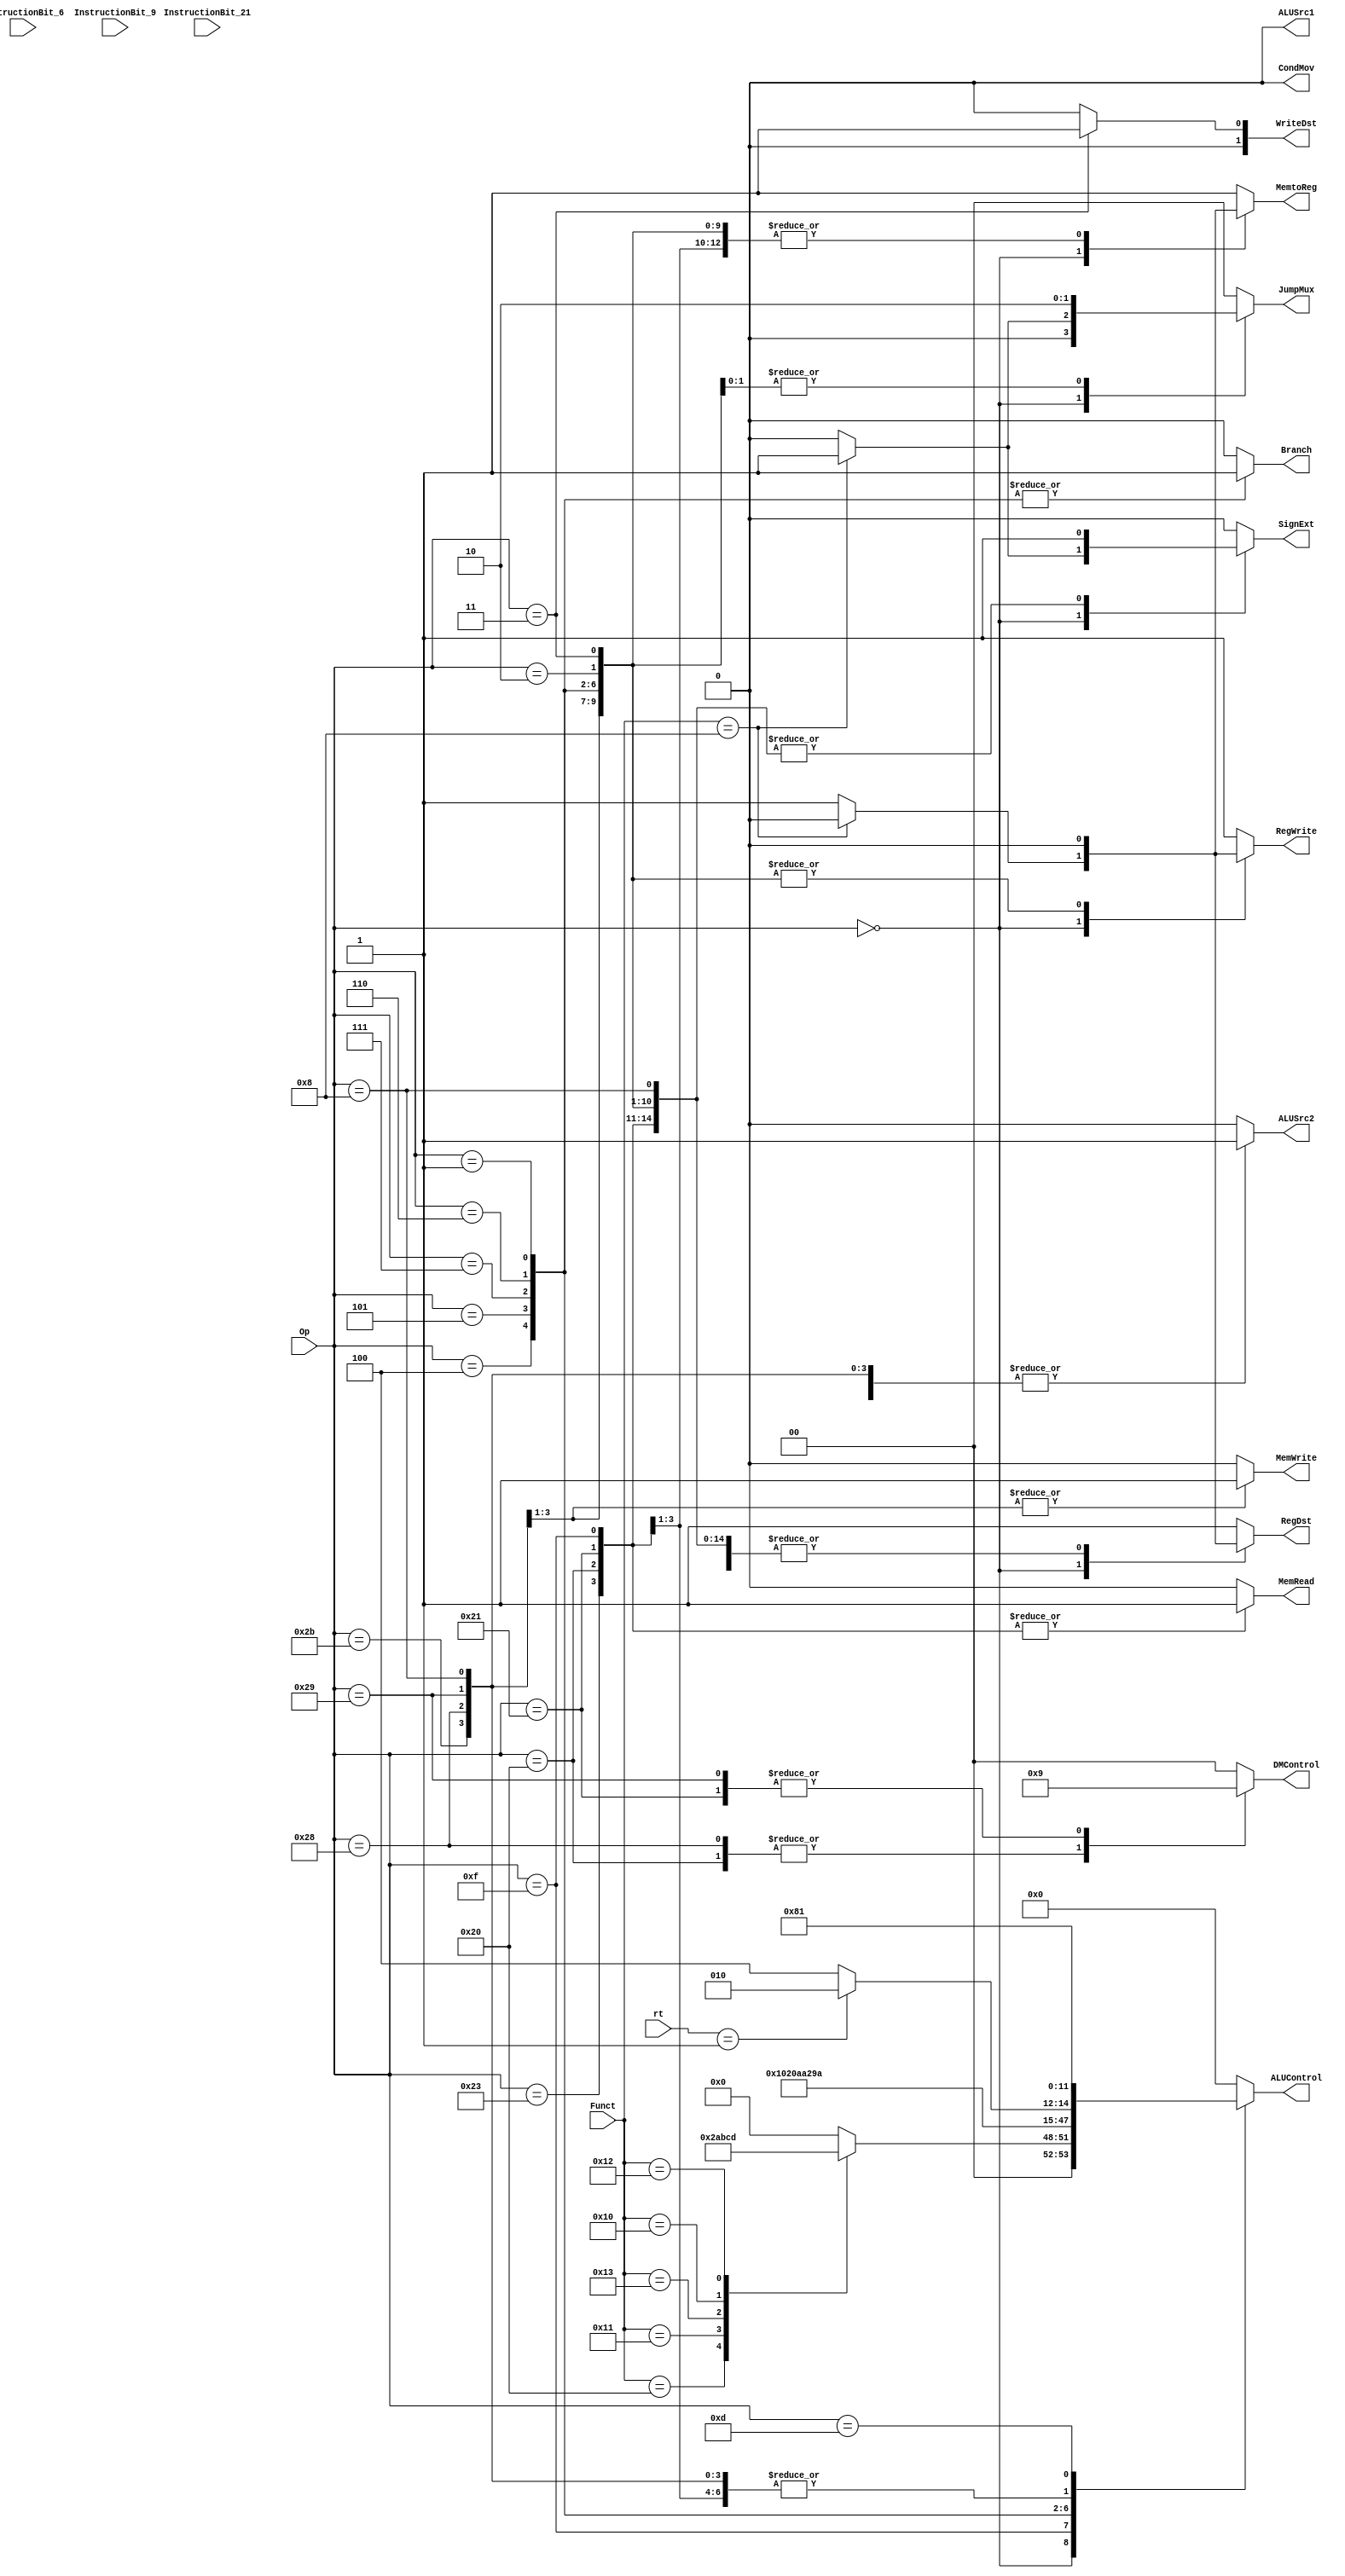
`timescale 1ns / 1ps

/////////////////////////////////////////////////////////////////////
///////////////////////////////////////////////////////////////////
module Control(
               // input data
               Op, Funct, InstructionBit_6, InstructionBit_9, InstructionBit_21, rt, 
              
              // output signals
               Branch, MemRead, MemtoReg, MemWrite,
               RegDst, ALUSrc2, RegWrite, SignExt, CondMov, ALUSrc1, 
               ALUControl, DMControl, WriteDst, JumpMux );  

	input [5:0] Op; // control bits for ALU operation
    input [5:0] Funct;  // to determine ALUControl for r-type operations
    // To help differentiate instuctions that have the same OpCode and functCode
        input InstructionBit_6;         // to differentiate between ROTRV or SRLV
        input InstructionBit_9;         // to differentiate between SEB and SEH
        input InstructionBit_21;        // to differentiate between ROTR and SRL
    input [4:0] rt;                        // to differentiate between BGEZ and BLTZ 

	// Control Signals
	output reg RegDst;	    // chooses between rt(RegDst == 0) and rd(RegDst ==1)
                            // for the WriteRegister address input to RegisterFile
	output reg Branch;		// Branch == 1 if branch instruction, 0 if anything else
	output reg MemRead;		// MemRead == 1 if lw, 0 if anything else
	output reg MemtoReg;	// chooses between DM Read Data output(MemtoReg == 0)
                            // and ALUResult(MemtoReg == 1) for WriteData input to RegisterFile
	output reg MemWrite;	// MemWrite == 1 if sw and 0 if anything else 
	output reg ALUSrc2;	// chooses between R[rt](ALUSrc == 0) and immExt(ALUSrc == 1) for ALU input B
    output reg ALUSrc1;     // chooses between R[rs] (ALUSrc ==0) and sa(shift amount)(ALUSrc == 1) for ALU input A
	output reg RegWrite;	// RegWrite == 1 if r-type or lw instruction and 0 if sw or branch 
	output reg SignExt;		// SignExt == 1 if Sign Extend requires sign extension, 0 for 0 extension (unsigned numbers)
    output reg CondMov;   // CondMov == 1 if movn or movz. This bit is ANDed with ALU ZeroFlag
                            // and ORed with RegWrite signal
    output reg [1:0] WriteDst;  // Controls 4 to 1 mux to Write Data port of regfile
        // 'WriteDst' value | Source
        // ==========================
        // 00   | Output of MemtoReg mux
        // 01   | register $31
        // 10   | unused
        // 11   | PC + 4 value

    output reg [1:0] JumpMux;
        // 'JumpMux' value | Source
        // ==========================
        // 00   | Output of PcSrc mux
        // 01   | R[rs]
        // 10   | Jump Address
        // 11   | PC + 4 value
                          
    output reg [5:0] ALUControl;        // changed from 5 bit to 6 bit 11/1/17
        // Op   | 'ALUControl' value
        // ==========================
        // AND  | 000000
        // OR   | 000001
        // ADD  | 000010
        // SHL  | 000011
        // SHR  | 000100
        // XOR  | 000101
        // SUB  | 000110
        // SLT  | 000111
        // NOR  | 001000  
        // MUL  | 001001
        // MOVTH| 001010
        // MOVTL| 001011
        // MFHI | 001100
        // MFLO | 001101
        // MADD | 001110
        // MSUB | 001111
        // BEQ  | 010000
        // BGTZ | 010001
        // BGEZ | 010010
        // BLEZ | 010011
        // BLTZ | 010100
        // BNE  | 010101
        // SEB  | 010110 ------ New Section
        // SEH  | 010111
        // ROTR | 011000
        // MOVZ | 011010
        // SRA  | 011011
        // SLTU | 011100
        // MULTU| 011101 
        // MULT | 011110
        // ADDU | 011111
        // LUI  | 100000

output reg [1:0] DMControl; 
        // 'DMControl' value | Operation
        // ==========================
        // 00   | Word mode
        // 01   | Half-word mode
        // 10   | Byte-mode
        // 11   | n/a

                /* OP Field codes */
    parameter 	RTYPE = 'b000000, SW = 'b101011, SB = 'b101000, SH = 'b101001,
    			LW = 'b100011, LB = 'b100000, LH ='b100001, LUI = 'b001111,
     	   	    BEQ = 'b000100, BNE = 'b000101, BGTZ = 'b000111, BLEZ = 'b000110, BLTZ_BGEZ= 'b000001,
     	   	    J = 'b000010, JAL = 'b000011, 
     	   	    ADDI = 'b001000, ADDIU = 'b001001, ANDI = 'b001100, ORI = 'b001101, XORI = 'b001110, 
     	   	    SLTI = 'b001010,
                MADD_SUB_MUL = 'b011100, SLTIU = 'b001011, SEB_SEH = 'b011111;

                /* Function field codes */
    parameter   ADD = 'b100000, SUB = 'b100010, AND = 'b100100, OR = 'b100101, XOR = 'b100110, NOR = 'b100111,
                SLT = 'b101010, MULT = 'b011000, MULTU = 'b011001, MTHI = 'b010001, MTLO = 'b010011, MFHI = 'b010000, MFLO = 'b010010,
                SLL = 'b000000, ROTR_SRL = 'b000010, SLLV = 'b000100, ROTRV_SRLV = 'b000110,
                MOVN = 'b001011, MOVZ = 'b001010, ROTRV = 'b000110, SRA = 'b000011, SRAV = 'b000111, 
                SLTU = 'b101011, MADD = 'b000000, MSUB = 'b000100, MUL = 'b000010, ADDU = 'b100001,
                JR = 'b001000;         

    initial begin 
          // initializing all output signals to zero
          RegDst = 0;
          Branch <= 0;
          MemRead <= 0;
          MemtoReg <= 0;
          MemWrite <= 0;
          ALUSrc2 = 0;
          ALUControl = 'b000000;  
          CondMov = 'b0;
          ALUSrc1 = 'b0;
          RegWrite = 0;  
          SignExt = 0;   
          DMControl <= 'b00;
          WriteDst <= 'b00;
          JumpMux <= 'b00;    
    end


    always @(Op, Funct, InstructionBit_6, InstructionBit_9, InstructionBit_21, rt) begin
  

        case(Op)
        	RTYPE: begin
                case(Funct)
                    ADD: begin
                        RegDst <= 1;
                        Branch <= 0;
                        MemRead <= 0;
                        MemtoReg <= 1;
                        MemWrite <= 0; 
                        ALUSrc2 <= 0;
                        ALUSrc1 <= 0;
                        RegWrite <= 1;   
                        SignExt <= 0;   // don't care
                        CondMov <= 0;    
                        ALUControl <= 'b000010;
                        DMControl <= 'b00;
                        WriteDst <= 'b00;
                        JumpMux <= 'b00;
                    end
                    /*
                      ADDU: begin
                           RegDst <= 1;
                           Branch <= 0;
                           MemRead <= 0;
                           MemtoReg <= 1;
                           MemWrite <= 0; 
                           ALUSrc2 <= 0;
                           ALUSrc1 <= 0;
                           RegWrite <= 1;   
                           SignExt <= 0;   // don't care
                           JumpMux = 'b00;
                           CondMov <= 0;    
                           ALUControl <= 'b011111;
                           DMControl <= 'b00;
                           WriteDst <= 'b00;
                       end
                    SUB: begin
                        RegDst <= 1;
                        Branch <= 0;
                        MemRead <= 0;
                        MemtoReg <= 1;
                        MemWrite <= 0;
                        ALUSrc2 <= 0;
                        ALUSrc1 <= 0;
                        RegWrite <= 1;   
                        SignExt <= 0;   // don't care
                        JumpMux = 'b00;
                        CondMov <= 0;
                        ALUControl <= 'b000110;
                        DMControl <= 'b00;
                        WriteDst <= 'b00;
                    end
                    AND: begin
                        RegDst <= 1;
                        Branch <= 0;
                        MemRead <= 0;
                        MemtoReg <= 1;
                        MemWrite <= 0;
                        ALUSrc2 <= 0;
                        ALUSrc1 <= 0;
                        RegWrite <= 1;   
                        SignExt <= 0;   // don't care
                        JumpMux = 'b00;
                        CondMov <= 0;
                        ALUControl <= 'b000000;
                        DMControl <= 'b00;
                        WriteDst <= 'b00;
                    end
                    OR: begin
                        RegDst <= 1;
                        Branch <= 0;
                        MemRead <= 0;
                        MemtoReg <= 1;
                        MemWrite <= 0;
                        ALUSrc2 <= 0;
                        ALUSrc1 <= 0;
                        RegWrite <= 1;   
                        SignExt <= 0;   // don't care
                        JumpMux = 'b00;
                        CondMov <= 0;
                        ALUControl <= 'b000001;
                        DMControl <= 'b00;
                        WriteDst <= 'b00;
                    end
                    XOR: begin
                        RegDst <= 1;
                        Branch <= 0;
                        MemRead <= 0;
                        MemtoReg <= 1;
                        MemWrite <= 0;
                        ALUSrc2 <= 0;
                        ALUSrc1 <= 0;
                        RegWrite <= 1;   
                        SignExt <= 0;   // don't care
                        JumpMux = 'b00;
                        CondMov <= 0;
                        ALUControl <= 'b000101;
                        DMControl <= 'b00;
                        WriteDst <= 'b00;
                    end
                    NOR: begin
                        RegDst <= 1;
                        Branch <= 0;
                        MemRead <= 0;
                        MemtoReg <= 1;
                        MemWrite <= 0;
                        ALUSrc2 <= 0;
                        ALUSrc1 <= 0;
                        RegWrite <= 1;   
                        SignExt <= 0;   // don't care
                        JumpMux = 'b00;
                        CondMov <= 0;
                        ALUControl <= 'b001000;
                        DMControl <= 'b00;
                        WriteDst <= 'b00;
                    end

                    MULT: begin
                        RegDst <= 1;
                        Branch <= 0;
                        MemRead <= 0;
                        MemtoReg <= 1;
                        MemWrite <= 0;
                        ALUSrc2 <= 0;
                        ALUSrc1 <= 0;
                        RegWrite <= 0;   
                        SignExt <= 0;   // don't care
                        JumpMux = 'b00;
                        CondMov <= 0;
                        ALUControl <= 'b011110;
                        DMControl <= 'b00;
                        WriteDst <= 'b00;
                    end
                    MULTU: begin
                        RegDst <= 1;
                        Branch <= 0;
                        MemRead <= 0;
                        MemtoReg <= 1;
                        MemWrite <= 0;
                        ALUSrc2 <= 0;
                        ALUSrc1 <= 0;
                        RegWrite <= 1;   
                        SignExt <= 0;   // don't care
                        JumpMux = 'b00;
                        CondMov <= 0;
                        ALUControl <= 'b011101;
                        DMControl <= 'b00;
                        WriteDst <= 'b00;
                    end*/
                    MTHI: begin
                        RegDst <= 1;
                        Branch <= 0;
                        MemRead <= 0;
                        MemtoReg <= 1;
                        MemWrite <= 0;
                        ALUSrc2 <= 0;
                        ALUSrc1 <= 0;
                        RegWrite <= 1;   
                        SignExt <= 0;   // don't care
                        JumpMux <= 'b00;
                        CondMov <= 0;
                        ALUControl <= 'b001010;
                        DMControl <= 'b00;
                        WriteDst <= 'b00;
                    end
                    MTLO: begin
                        RegDst <= 1;
                        Branch <= 0;
                        MemRead <= 0;
                        MemtoReg <= 1;
                        MemWrite <= 0;
                        ALUSrc2 <= 0;
                        ALUSrc1 <= 0;
                        RegWrite <= 1;   
                        SignExt <= 0;   // don't care
                        JumpMux <= 'b00;
                        CondMov <= 0;
                        ALUControl <= 'b001011;
                        DMControl <= 'b00;
                        WriteDst <= 'b00;
                    end
                    MFHI: begin
                        RegDst <= 1;
                        Branch <= 0;
                        MemRead <= 0;
                        MemtoReg <= 1;
                        MemWrite <= 0;
                        ALUSrc2 <= 0;
                        ALUSrc1 <= 0;
                        RegWrite <= 1;   
                        SignExt <= 0;   // don't care
                        JumpMux <= 'b00;
                        CondMov <= 0;
                        ALUControl <= 'b001100;
                        DMControl <= 'b00;
                        WriteDst <= 'b00;
                    end
                    MFLO: begin
                        RegDst <= 1;
                        Branch <= 0;
                        MemRead <= 0;
                        MemtoReg <= 1;
                        MemWrite <= 0;
                        ALUSrc2 <= 0;
                        ALUSrc1 <= 0;
                        RegWrite <= 1;   
                        SignExt <= 0;   // don't care
                        JumpMux <= 'b00;
                        CondMov <= 0;
                        ALUControl <= 'b001101;
                        DMControl <= 'b00;
                        WriteDst <= 'b00;
                    end
                    /*SLL: begin
                        RegDst <= 1;
                        Branch <= 0;
                        MemRead <= 0;
                        MemtoReg <= 1;
                        MemWrite <= 0;
                        ALUSrc2 <= 0;
                        ALUSrc1 <= 1;   // shift amount
                        RegWrite <= 1;   
                        SignExt <= 0;   // don't care
                        JumpMux = 'b00;
                        CondMov <= 0;
                        ALUControl <= 'b000011;        // SLL CONTROL SIGNAL
                        DMControl <= 'b00;
                        WriteDst <= 'b00;
                    end
                    ROTR_SRL: begin
                        if(InstructionBit_21 == 'b0) begin        // means instruction is SRL
                            RegDst <= 1;
                            Branch <= 0;
                            MemRead <= 0;
                            MemtoReg <= 1;
                            MemWrite <= 0;
                            ALUSrc2 <= 0;
                            ALUSrc1 <= 1;   // shift amount
                            RegWrite <= 1;   
                            SignExt <= 0;   // don't care
                            JumpMux = 'b00;
                            CondMov <= 0;
                            ALUControl <= 'b000100;        // SRL CONTROL SIGNAL
                            DMControl <= 'b00;
                            WriteDst <= 'b00;
                        end
                        else if(InstructionBit_21 == 'b1) begin    // means instruction is ROTR
                            RegDst <= 1;
                            Branch <= 0;
                            MemRead <= 0;
                            MemtoReg <= 1;
                            MemWrite <= 0;
                            ALUSrc2 <= 0;
                            ALUSrc1 <= 1;   // shift amount
                            RegWrite <= 1;   
                            SignExt <= 0;   // don't care
                            JumpMux = 'b00;
                            CondMov <= 0;
                            ALUControl <= 'b011000;        // ROTR CONTROL SIGNAL     
                            DMControl <= 'b00;
                            WriteDst <= 'b00;
                        end
                    end
                    SLLV: begin
                        RegDst <= 1;
                        Branch <= 0;
                        MemRead <= 0;
                        MemtoReg <= 1;
                        MemWrite <= 0;
                        ALUSrc2 <= 0;
                        ALUSrc1 <= 0;
                        RegWrite <= 1;   
                        SignExt <= 0;   // don't care
                        JumpMux = 'b00;
                        CondMov <= 0;
                        ALUControl <= 'b000011;     // SLLV CONTROL SIGNAL
                        DMControl <= 'b00;
                        WriteDst <= 'b00;
                    end
                    ROTRV_SRLV: begin
                        if(InstructionBit_6 == 'b0) begin    // means the instruction is SRLV
                            RegDst <= 1;
                            Branch <= 0;
                            MemRead <= 0;
                            MemtoReg <= 1;
                            MemWrite <= 0;
                            ALUSrc2 <= 0;
                            ALUSrc1 <= 0;
                            RegWrite <= 1;   
                            SignExt <= 0;   // don't care
                            JumpMux = 'b00;
                            CondMov <= 0;
                            ALUControl<= 'b000100;        // SRLV CONTROL SIGNAL
                            DMControl <= 'b00;
                            WriteDst <= 'b00;
                        end
                        else if(InstructionBit_6 == 'b1) begin    // means the instruction is ROTRV
                            RegDst <= 1;
                            Branch <= 0;
                            MemRead <= 0;
                            MemtoReg <= 1;
                            MemWrite <= 0;
                            ALUSrc2 <= 0;
                            ALUSrc1 <= 0;
                            RegWrite <= 1;   
                            SignExt <= 0;   // don't care
                            JumpMux = 'b00;
                            CondMov <= 0;
                            ALUControl <= 'b011000;        // ROTRV CONTROL SIGNAL
                            DMControl <= 'b00;
                            WriteDst <= 'b00;
                        end
                    end
                    SLT: begin
                        RegDst <= 1;
                        Branch <= 0;
                        MemRead <= 0;
                        MemtoReg <= 1;
                        MemWrite <= 0;
                        ALUSrc2 <= 0;
                        ALUSrc1 <= 0;
                        RegWrite <= 1;   
                        SignExt <= 0;   // don't care
                        JumpMux = 'b00;
                        CondMov <= 0;
                        ALUControl <= 'b000111;
                        DMControl <= 'b00;
                        WriteDst <= 'b00;
                    end
                    MOVN: begin
                        RegDst <= 1;
                        Branch <= 0;
                        MemRead <= 0;
                        MemtoReg <= 1;
                        MemWrite <= 0;
                        ALUSrc2 <= 0;
                        ALUSrc1 <= 0;
                        RegWrite <= 1;   
                        SignExt <= 0;   // don't care
                        JumpMux = 'b00;
                        CondMov <= 1;
                        ALUControl <= 'b011001;     // MOVN CONTROL SIGNAL
                        DMControl <= 'b00;
                        WriteDst <= 'b00;
                    end
                    MOVZ: begin
                        RegDst <= 1;
                        Branch <= 0;
                        MemRead <= 0;
                        MemtoReg <= 1;
                        MemWrite <= 0;
                        ALUSrc2 <= 0;
                        ALUSrc1 <= 0;
                        RegWrite <= 1;   
                        SignExt <= 0;   // don't care
                        JumpMux = 'b00;
                        CondMov <= 1;
                        ALUControl <= 'b011010;        // MOVZ CONTROL SIGNAL
                        DMControl <= 'b00;
                        WriteDst <= 'b00;
                    end
                    SRA: begin
                        RegDst <= 1;
                       Branch <= 0;
                        MemRead <= 0;
                        MemtoReg <= 1;
                        MemWrite <= 0;
                        ALUSrc2 <= 0;
                        ALUSrc1 <= 1;   // shift amount
                        RegWrite <= 1;   
                        SignExt <= 0;   // don't care
                        //JumpMux = 'b00;
                        CondMov <= 0;
                        ALUControl <= 'b011011;        // SRA CONTROL SIGNAL
                        DMControl <= 'b00;
                        WriteDst <= 'b00;
                    end
                    SRAV: begin
                        RegDst <= 1;
                        Branch <= 0;
                        MemRead <= 0;
                        MemtoReg <= 1;
                        MemWrite <= 0;
                        ALUSrc2 <= 0;
                        ALUSrc1 <= 0;   
                        RegWrite <= 1;   
                        SignExt <= 0;   // don't care
                        JumpMux = 'b00;
                        CondMov <= 0;
                        ALUControl <= 'b011011;        // SRAV CONTROL SIGNAL
                        DMControl <= 'b00;
                        WriteDst <= 'b00;
                    end
                    SLTU: begin
                        RegDst <= 1;
                        Branch <= 0;
                        MemRead <= 0;
                        MemtoReg <= 1;
                        MemWrite <= 0;
                        ALUSrc2 <= 0;
                        ALUSrc1 <= 0;
                        RegWrite <= 1;   
                        SignExt <= 0;   // don't care
                        JumpMux = 'b00;
                        CondMov <= 0;
                        ALUControl <= 'b011100;        // SLTU CONTROL SIGNAL
                        DMControl <= 'b00;
                        WriteDst <= 'b00;
                    end*/

                    JR: begin
                        RegDst <= 0;    // don't care   
                        Branch <= 0;    // don't care
                        MemRead <= 0;   // don't care
                        MemtoReg <= 0;  // don't care
                        MemWrite <= 0;
                        ALUSrc2 <= 0;  
                        ALUSrc1 <= 0;
                        RegWrite <= 0;
                        SignExt <= 1;   // don't care
                        JumpMux <= 'b01;
                        CondMov <= 0;
                        ALUControl <= 'b000000;  // don't care
                        DMControl <= 'b00;     // don't care
                        WriteDst <= 'b00;       // don't care 
                    // we need R[rs] to get to PC, using a mux
                    end

                    default: begin       // AND instruction signals
                        RegDst <= 1;
                        Branch <= 0;
                        MemRead <= 0;
                        MemtoReg <= 1;
                        MemWrite <= 0;
                        ALUSrc2 <= 0;
                        ALUSrc1 <= 0;
                        RegWrite <= 1;   
                        SignExt <= 0;   // don't care
                        JumpMux <= 'b00;
                        CondMov <= 0;
                        ALUControl <= 'b000000;
                        DMControl <= 'b00;
                        WriteDst <= 'b00;
                    end
            endcase
        	end  
  
        // Load functions (differences handled in DMControl)
        	LW: begin
        		RegDst <= 0;
        		Branch <= 0;
        		MemRead <= 1;
        		MemtoReg <= 0;
        		MemWrite <= 0;
        		ALUSrc2 <= 1;  // using offset value (immExt)
                ALUSrc1 <= 0;
        		RegWrite <= 1;
        		SignExt <= 1;
        		JumpMux <= 'b00;
                CondMov <= 0;
                ALUControl <= 'b000010;
                DMControl <= 'b00;
                WriteDst <= 'b00;
        	end
        	LB: begin 	
        		RegDst <= 0;
                Branch <= 0;
                MemRead <= 1;
                MemtoReg <= 0;
                MemWrite <= 0;
                ALUSrc2 <= 1;  // using offset value (immExt)
                ALUSrc1 <= 0;
                RegWrite <= 1;
                SignExt <= 1;
                JumpMux <= 'b00;
                CondMov <= 0;
                ALUControl <= 'b000010;
                DMControl <= 'b10;  // byte-mode
                WriteDst <= 'b00;
        	end
        	LH: begin 	
        		RegDst <= 0;
                Branch <= 0;
                MemRead <= 1;
                MemtoReg <= 0;
                MemWrite <= 0;
                ALUSrc2 <= 1;  // using offset value (immExt)
                ALUSrc1 <= 0;
                RegWrite <= 1;
                SignExt <= 1;
                JumpMux <= 'b00;
                CondMov <= 0;
                ALUControl <= 'b000010;
                DMControl <= 'b01;  // half-word mode
                WriteDst <= 'b00;
        	end

        	LUI: begin
                RegDst <= 0;
                Branch <= 0;
                MemRead <= 1;
                MemtoReg <= 1;  // WriteData from ALUResult
                MemWrite <= 0;
                ALUSrc2 <= 1;  // using offset value (immExt)
                ALUSrc1 <= 0;
                RegWrite <= 1;
                SignExt <= 1;   // don't care
                JumpMux <= 'b00;
                CondMov <= 0;
                ALUControl <= 'b100000;  // must shift left by 16 and cocatenate 16 0's to the right side
                DMControl <= 'b00; // don't care
                WriteDst <= 'b00;
        	end
        // Store Functions 
        	SW: begin
                RegDst <= 0;
                Branch <= 0;
                MemRead <= 0;
                MemtoReg <= 0;  // WriteData from ALUResult
                MemWrite <= 1;
                ALUSrc2 <= 1;  // using offset value (immExt)
                ALUSrc1 <= 0;
                RegWrite <= 0;
                SignExt <= 1;
                JumpMux <= 'b00;
                CondMov <= 0;
                ALUControl <= 'b000010;
                DMControl <= 'b00;
                WriteDst <= 'b00;
        	end
        	SB: begin
                RegDst <= 0;
                Branch <= 0;
                MemRead <= 0;
                MemtoReg <= 0;  // WriteData from ALUResult
                MemWrite <= 1;
                ALUSrc2 <= 1;  // using offset value (immExt)
                ALUSrc1 <= 0;
                RegWrite <= 0;
                SignExt <= 1;
                JumpMux <= 'b00;
                CondMov <= 0;
                ALUControl <= 'b000010;
                DMControl <= 'b10;  // byte-mode
                WriteDst <= 'b00;
        	end
        	SH: begin
        		RegDst <= 0;
                Branch <= 0;
                MemRead <= 0;
                MemtoReg <= 0;  // WriteData from ALUResult
                MemWrite <= 1;
                ALUSrc2 <= 1;  // using offset value (immExt)
                ALUSrc1 <= 0;
                RegWrite <= 0;
                SignExt <= 1;
                JumpMux <= 'b00;
                CondMov <= 0;
                ALUControl <= 'b000010;
                DMControl <= 'b01;  // half-word mode
                WriteDst <= 'b00;
        	end
        // Branch instructions 
        	BEQ: begin
                RegDst <= 0;    // don't care
                Branch <= 1;
                MemRead <= 0;
                MemtoReg <= 0;  // don't care
                MemWrite <= 0;
                ALUSrc2 <= 0;  
                ALUSrc1 <= 0;
                RegWrite <= 0;
                SignExt <= 1;
                JumpMux <= 'b00;
                CondMov <= 0;
                ALUControl <= 'b010000;
                DMControl <= 'b00;
                WriteDst <= 'b00;
        	end
        	BNE: begin
                RegDst <= 0;    // don't care
                Branch <= 1;
                MemRead <= 0;
                MemtoReg <= 0;  // don't care
                MemWrite <= 0;
                ALUSrc2 <= 0;  
                ALUSrc1 <= 0;
                RegWrite <= 0;
                SignExt <= 1;
                JumpMux <= 'b00;
                CondMov <= 0;
                ALUControl <= 'b010101;
                DMControl <= 'b00;
                WriteDst <= 'b00;
        	end
        	BGTZ: begin
        		RegDst <= 0;    // don't care
                Branch <= 1;
                MemRead <= 0;
                MemtoReg <= 0;  // don't care
                MemWrite <= 0;
                ALUSrc2 <= 0;  
                ALUSrc1 <= 0;
                RegWrite <= 0;
                SignExt <= 1;
                JumpMux <= 'b00;
                CondMov <= 0;
                ALUControl <= 'b010001;
                DMControl <= 'b00;
                WriteDst <= 'b00;
        	end
        	BLEZ: begin
        		RegDst <= 0;    // don't care
                Branch <= 1;
                MemRead <= 0;
                MemtoReg <= 0;  // don't care
                MemWrite <= 0;
                ALUSrc2 <= 0;  
                ALUSrc1 <= 0;
                RegWrite <= 0;
                SignExt <= 1;
                JumpMux <= 'b00;
                CondMov <= 0;
                ALUControl <= 'b010011;
                DMControl <= 'b00;
                WriteDst <= 'b00;
        	end
        	BLTZ_BGEZ: begin
        		RegDst <= 0;    // don't care
                Branch <= 1;
                MemRead <= 0;
                MemtoReg <= 0;  // don't care
                MemWrite <= 0;
                ALUSrc2 <= 0;  
                ALUSrc1 <= 0;
                RegWrite <= 0;
                SignExt <= 1;
                JumpMux <= 'b00;
                CondMov <= 0;
                DMControl <= 'b00;
                WriteDst <= 'b00;

                if(rt == 'b00001) // BGEZ
                ALUControl <= 'b010010;
                else              // BLTZ
                ALUControl <= 'b010100;
        	end
        // jump functions
        	J: begin
                RegDst <= 0;    // don't care   
                Branch <= 0;    // don't care
                MemRead <= 0;   // don't care
                MemtoReg <= 0;  // don't care
                MemWrite <= 0;
                ALUSrc2 <= 0;  
                ALUSrc1 <= 0;
                RegWrite <= 0;
                SignExt <= 1;   // don't care
                JumpMux <= 'b10;
                CondMov <= 0;
                ALUControl <= 'b000000;  // don't care
                DMControl <= 'b00;     // don't care
                WriteDst <= 'b00;       // don't care
        	end
        	JAL: begin
                RegDst <= 0;    // don't care   
                Branch <= 0;    // don't care
                MemRead <= 0;   // don't care
                MemtoReg <= 0;  // don't care
                MemWrite <= 0;
                ALUSrc2 <= 0;  
                ALUSrc1 <= 0;
                RegWrite <= 0;
                SignExt <= 1;   // don't care
                JumpMux <= 'b10;
                CondMov <= 0;
                ALUControl <= 'b000000;  // don't care
                DMControl <= 'b00;
                WriteDst <= 'b01;   // uses $31
        	end

        	// Immediate functions
        	ADDI: begin
                RegDst <= 0;
                Branch <= 0;
                MemRead <= 0;   // don't care
                MemtoReg <= 1;
                MemWrite <= 0;
                ALUSrc2 <= 1;    // uses immediate value (immExt)
                ALUSrc1 <= 0;
                RegWrite <= 1;   
                SignExt <= 1;   
                JumpMux <= 'b00;
                CondMov <= 0;    
                ALUControl <= 'b000010;
                DMControl <= 'b00;
                WriteDst <= 'b00;
        	end

        /*	ADDIU: begin
                RegDst <= 0;
                Branch <= 0;
                MemRead <= 0;   // don't care
                MemtoReg <= 1;
                MemWrite <= 0;
                ALUSrc2 <= 1;    // uses immediate value (immExt)
                ALUSrc1 <= 0;
                RegWrite <= 1;   
                SignExt <= 1;   // unsigned   
                JumpMux = 'b00;
                CondMov <= 0;    
                ALUControl <= 'b011111;
                DMControl <= 'b00;
                WriteDst <= 'b00;
        	end

        	ANDI: begin
        		RegDst <= 0;
                Branch <= 0;
                MemRead <= 0;   // don't care
                MemtoReg <= 1;
                MemWrite <= 0;
                ALUSrc2 <= 1;    // uses immediate value (immExt)
                ALUSrc1 <= 0;
                RegWrite <= 1;   
                SignExt <= 1;   
                JumpMux = 'b00;
                CondMov <= 0;    
                ALUControl <= 'b000000;
                DMControl <= 'b00;
                WriteDst <= 'b00;
        	end
*/
        	ORI: begin
        		RegDst <= 0;
                Branch <= 0;
                MemRead <= 0;   // don't care
                MemtoReg <= 1;
                MemWrite <= 0;
                ALUSrc2 <= 1;    // uses immediate value (immExt)
                ALUSrc1 <= 0;
                RegWrite <= 1;   
                SignExt <= 0;   // 16bit immediate is 0 extended   
                JumpMux <= 'b00;
                CondMov <= 0;    
                ALUControl <= 'b000001;
                DMControl <= 'b00;
                WriteDst <= 'b00;
                end
/*
        	XORI: begin
        		RegDst <= 0;
                Branch <= 0;
                MemRead <= 0;   // don't care
                MemtoReg <= 1;
                MemWrite <= 0;
                ALUSrc2 <= 1;    // uses immediate value (immExt)
                ALUSrc1 <= 0;
                RegWrite <= 1;   
                SignExt <= 0;   // 16bit immediate is 0 extended   
                JumpMux = 'b00;
                CondMov <= 0;    
                ALUControl <= 'b000101;
                DMControl <= 'b00;
                WriteDst <= 'b00;
        	end

        	SLTI: begin
        		RegDst <= 0;
                Branch <= 0;
                MemRead <= 0;   // don't care
                MemtoReg <= 1;
                MemWrite <= 0;
                ALUSrc2 <= 1;    // uses immediate value (immExt)
                ALUSrc1 <= 0;
                RegWrite <= 1;   
                SignExt <= 1;   
                JumpMux = 'b00;
                CondMov <= 0;    
                ALUControl <= 'b00111;
                DMControl <= 'b00;
                WriteDst <= 'b00;
        	end

            // Multiply and Add/Sub (difference determined in ALU Control)
            MADD_SUB_MUL: begin
                RegDst <= 1;    // don't care
                Branch <= 0;
                MemRead <= 0; 
                MemtoReg <= 0;  // don't care
                MemWrite <= 0;
                ALUSrc2 <= 0;
                ALUSrc1 <= 0;
                RegWrite <= 0;   
                SignExt <= 0;   // don't care   
                JumpMux = 'b00;
                CondMov <= 0;
                DMControl <= 'b00;
                WriteDst <= 'b00; 

                case(Funct) 
                    MADD: begin
                        ALUControl <= 'b001110;
                    end
                    MSUB: begin
                        ALUControl <= 'b001111;
                    end
                    MUL: begin
                        ALUControl <= 'b001001;
                        RegWrite <= 1;
                    end
                    default begin
                        ALUControl <= 'b001110;
                        end
                endcase   
            end
                        
            SLTIU: begin
                RegDst <= 1;    // 0 or 1 ?
                Branch <= 0;
                MemRead <= 0;  
                MemtoReg <= 1;
                MemWrite <= 0;
                ALUSrc2 <= 1;    // use immediate value
                ALUSrc1 <= 0;
                RegWrite <= 1;   
                SignExt <= 1; 
                JumpMux = 'b00;
                CondMov <= 0;
                ALUControl <= 'b011100; // SLTU control signal
                DMControl <= 'b00;
                WriteDst <= 'b00;

            end
            
            SEB_SEH: begin
                if(InstructionBit_9 == 'b0) begin    // means instruction is SEB
                    RegDst <= 1;
                    Branch <= 0;
                    MemRead <= 0;
                    MemtoReg <= 1;
                    MemWrite <= 0;
                    ALUSrc2 <= 0;
                    ALUSrc1 <= 0;
                    RegWrite <= 1;   
                    SignExt <= 0;   // don't care
                    JumpMux = 'b00;
                    CondMov <= 0;
                    ALUControl <= 'b010110;                    // SEB control signal
                    DMControl <= 'b00;
                    WriteDst <= 'b00;
                end
                else if(InstructionBit_9 == 'b1) begin    // means instruction is SEH
                    RegDst <= 1;
                    Branch <= 0;
                    MemRead <= 0;
                    MemtoReg <= 1;
                    MemWrite <= 0;
                    ALUSrc2 <= 0;
                    ALUSrc1 <= 0;
                    RegWrite <= 1;   
                    SignExt <= 0;   // don't care
                    JumpMux = 'b00;
                    CondMov <= 0;
                    ALUControl <= 'b010111;                    // SEH control SIGNAL
                    DMControl <= 'b00;
                    WriteDst <= 'b00;
                end
            end*/

            default: begin // AND 
                RegDst <= 1;
                Branch <= 0;
                MemRead <= 0;
                MemtoReg <= 1;
                MemWrite <= 0;
                ALUSrc2 <= 0;
                ALUSrc1 <= 0;
                RegWrite <= 1;   
                SignExt <= 0;   // don't care
                JumpMux <= 'b00;
                CondMov <= 0;
                ALUControl <= 'b000000;
                DMControl <= 'b00;
                WriteDst <= 'b00;
            end
        endcase
end
endmodule